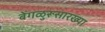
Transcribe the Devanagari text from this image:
बेंगळुरूसारख्या